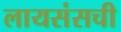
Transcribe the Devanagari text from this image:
लायसंसची